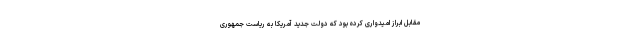
مقابل ابراز امیدواری کرده بود که دولت جدید آمریکا به ریاست جمهوری